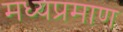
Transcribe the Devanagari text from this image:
मध्यप्रमाण